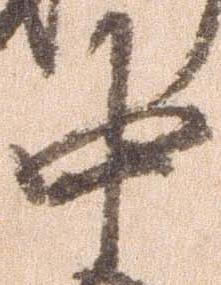
中